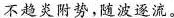
不趋炎附势，随波逐流。